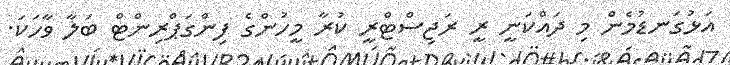
އަޅުގަނޑުމެން މި ދައްކަނީ ރީ ރަޖިސްޓްރީ ކުރާ މީހުންގެ ފިންގަޕްރިންޓް ބަލާ ވާހަކަ.